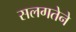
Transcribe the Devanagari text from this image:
सलगतेने